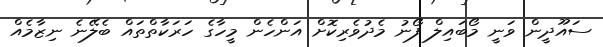
ސައޫދީން ވަނީ މޯބައިލް ފޯނު މެދުވެރިކޮށް އަންހެން މީހާގެ ހަރަކާތްތައް ބެލޭނެ ނިޒާމެއް